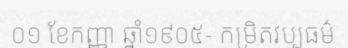
០១ ខែកញ្ញា ឆ្នាំ១៩០៥- កម្រិតវប្បធម៌